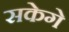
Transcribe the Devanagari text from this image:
सकेगे